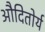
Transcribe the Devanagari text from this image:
औदितोर्य